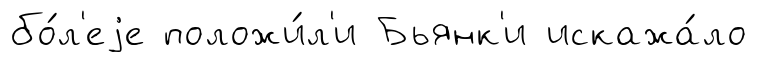
бо́л'еjе положи́л'и Бьянк'и искажа́ло